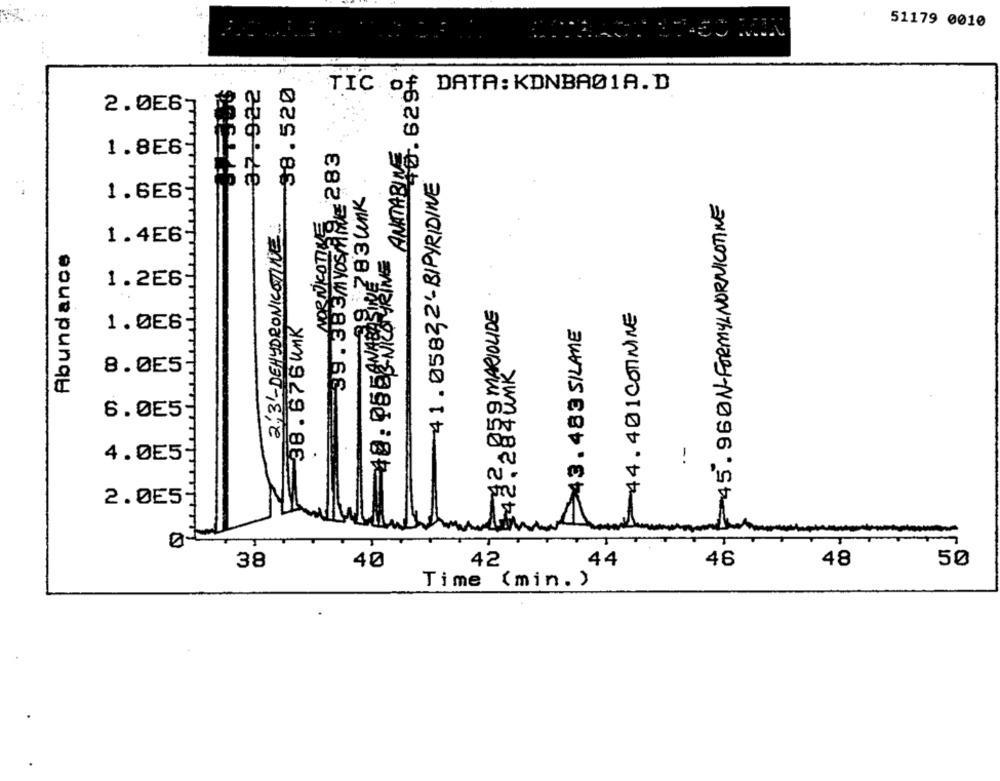
51179 0010
45.629%
-38.520
37.922
TIC of DATA: KDNBA01A.D
2.0E6-
ANITABINE
39 . 383Myos/AME 283
1.8E6
41.05832-B/PYRIDINE
1.6E6
3302 83 unk
45.96ON-FORMYL NORNICOTINE
2.31-DEHYDRONICOTINE
NORNICOTINE
1.4E6
Abundance
40: PEGENIES TRINE
1.2E6
THE BE MARIOUDE
44 . 401 COTIMINE
38. 676 unk
43.483 SILANE
1.0E6
8.0E5
6.0E5
4.0E5-
2.0E5
48
50
38
40
42
,44
46
Time (min. )